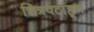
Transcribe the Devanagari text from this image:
चित्रपटांहून